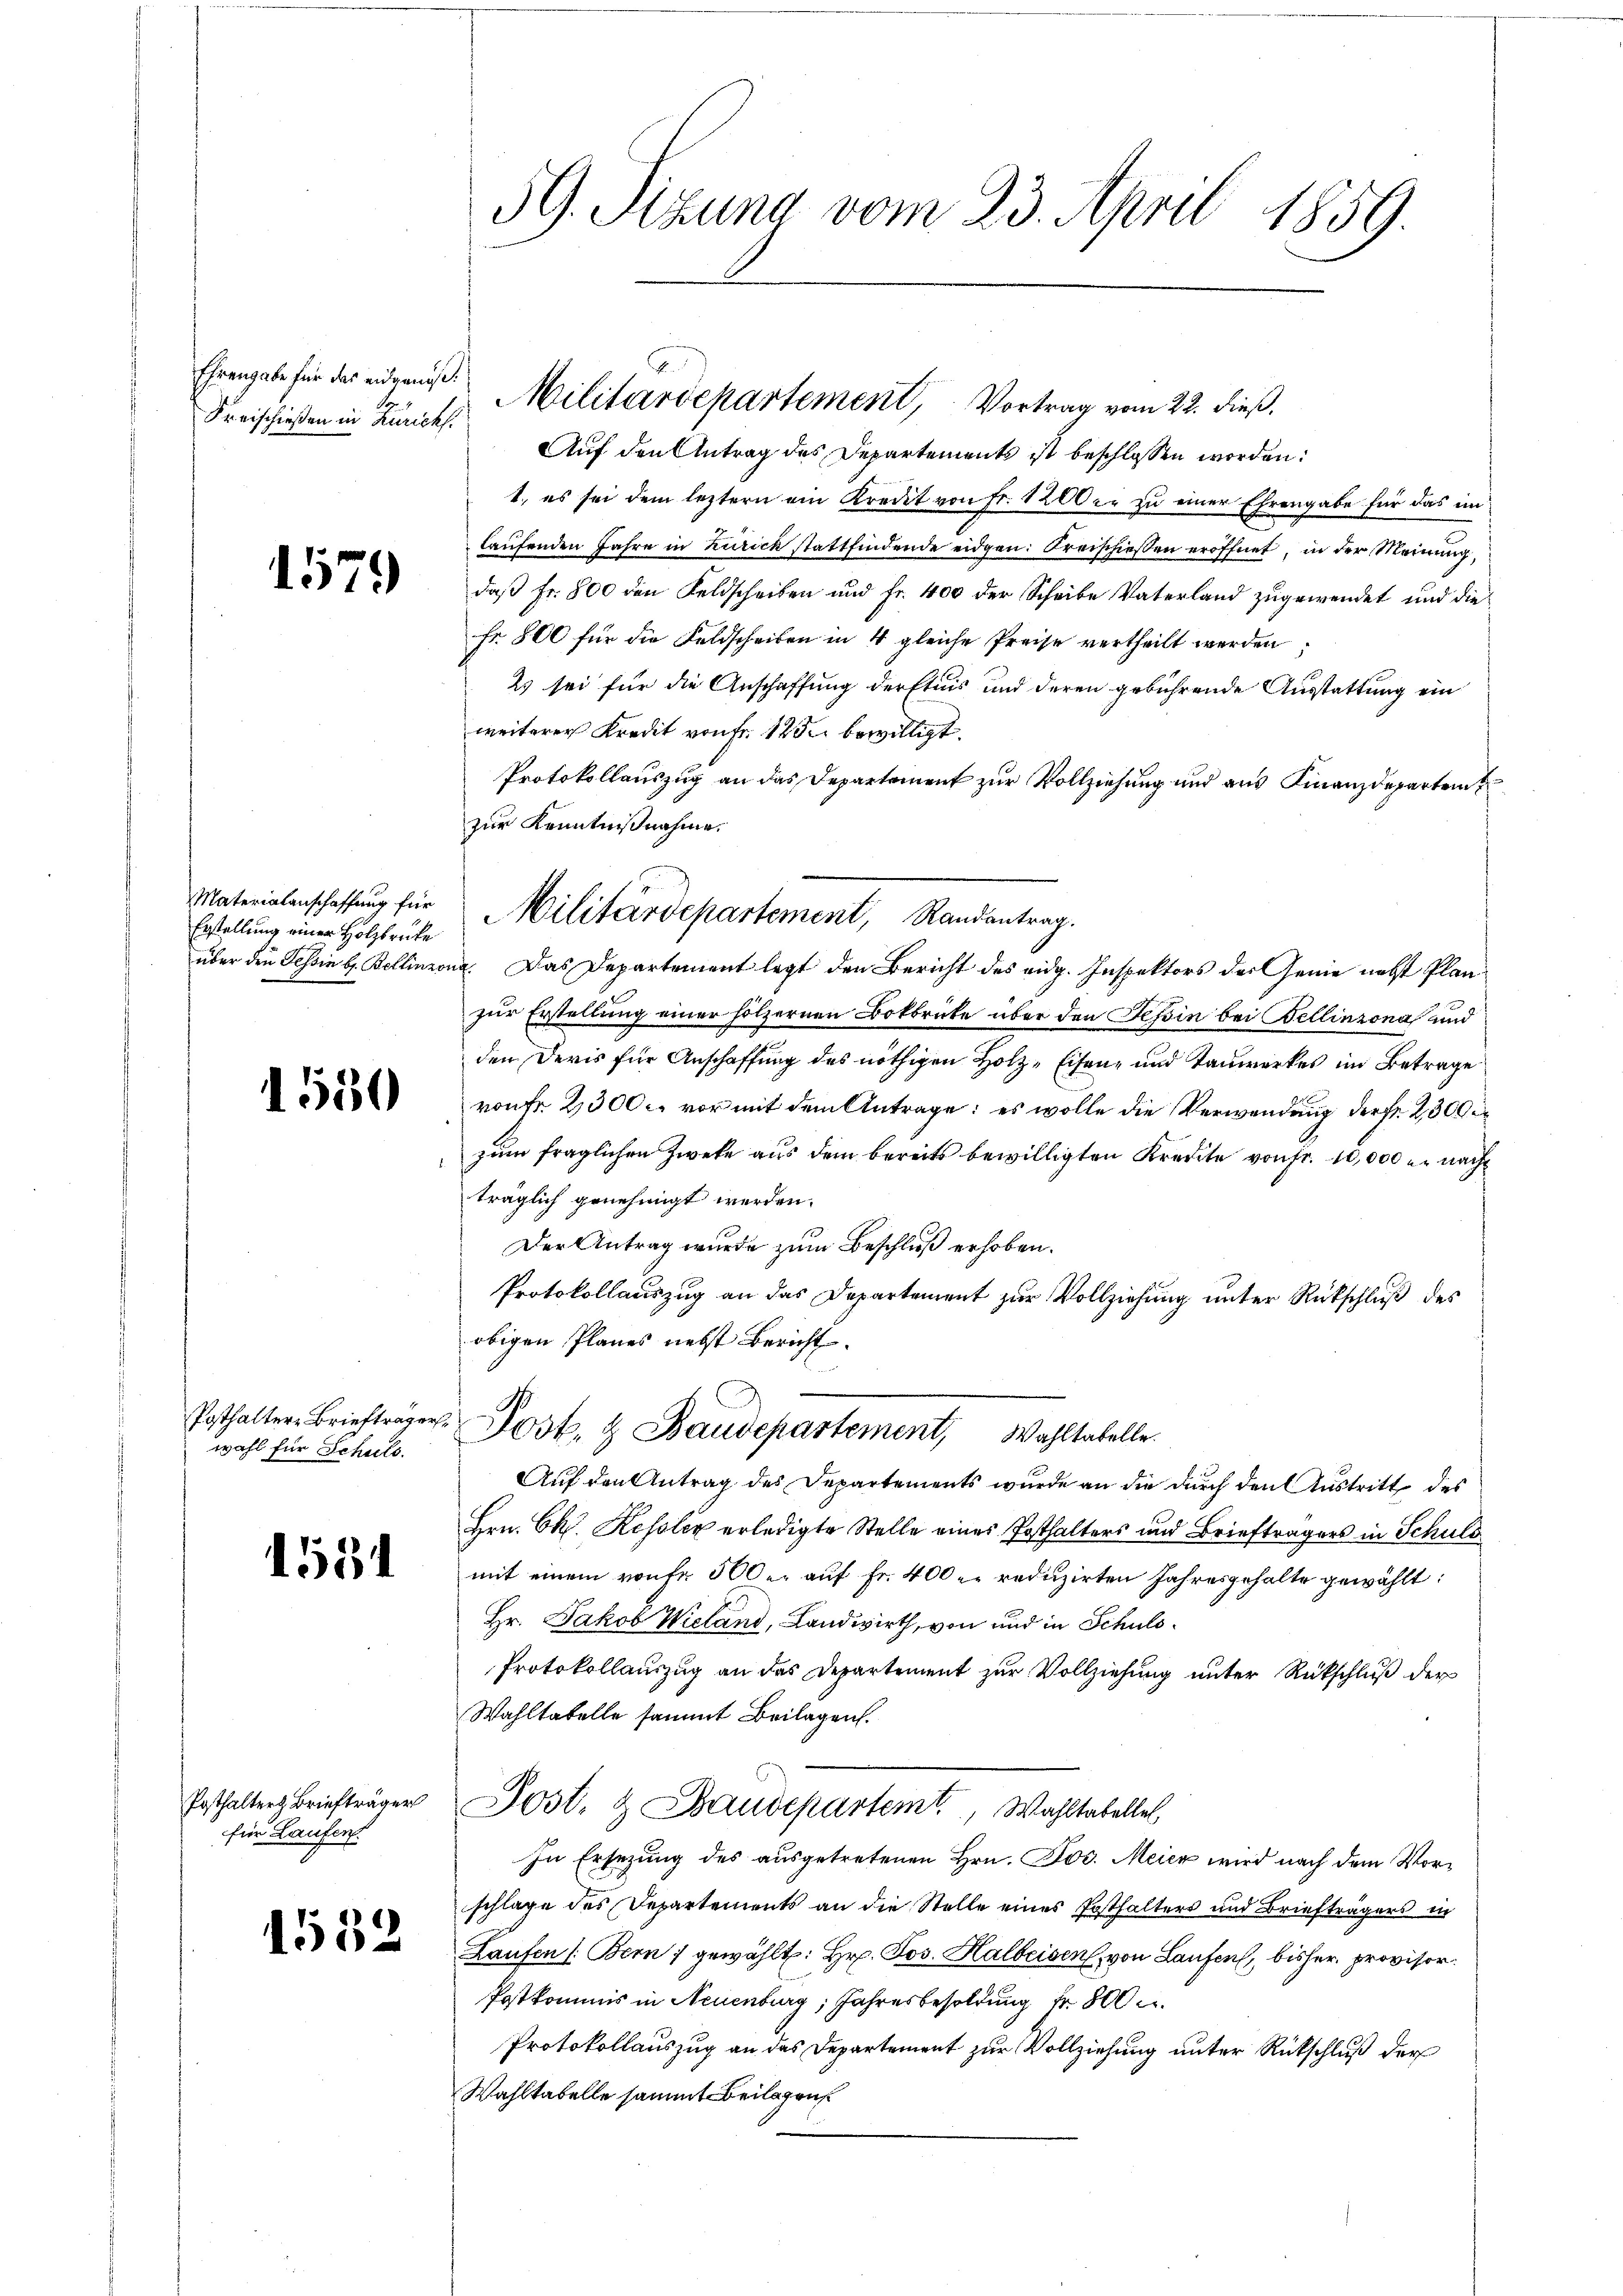
Ehrengabe für das eidgenös
Kreischießen in Zürich.

1579

Materialanschaffung für
Erstellung einer Holzbrüke
über den Tessin b. Bellinzo

1550

Posthaltere Briefträger
wahl für Schuls.

1531

Posthalter Briefträger
für Laufen.

1552

59. Sizung vom 23. April 1859.

Auf den Antrag des Departements ist beschlossen worden:
1., es sei dem leztern ein Kredit von Fr. 1200 c. zu einer Ehrengabe für das im
laufenden Jahre in Zürich stattfindende eidgen: Kreischießen eröffnet, in der Meinung,
daß Fr. 800 den Feldscheiben und Fr. 400 der Scheibe Vaterland zugewendet und die
Fr. 800 für die Feldscheiben in 4 gleiche Preise vertheilt werden;
23 sei für die Anschaffung derftuis und deren gebührende Ausstattung ein
weiterer Kredit von Fr. 125 bewilligt.
Protokollauszug an das Departement zur Vollziehung und aus Finanzdepartem
zur Kenntnißnahme.
na. Das Departement legt den Bericht des eidg. Inspektors der Genie nebst Planzur Erstellung einer hölzernen Botbrücke über den Tessin bei Bellinzona und
den Devis für Anschaffung des nöthigen Holz-Eisen- und Tauwerkes im Betrage
ront 2300. vor mit dem Antrage: es wolle die Verwendung der Fr. 2300
zum fraglichen Zwete aus dem bereits bewilligten Kredite von Fr. 10,000 er nach
träglich genehmigt werden.
Der Antrag wurde zum Beschluß erhoben.
Protokollauszug an das Departement zur Vollziehung unter Rückschluß des
obigen Planes nebst Bericht.
N
Jost, & Baudepartement, Wahltabelle.
Auf den Antrag des Departements wurde an die durch den Austritt des
Hrn. Ch. Resolen erledigte Stelle eines Posthalters und Briefträgers in Schuld
mit einem raufe 300 u. auf Fr. 400. reduzirten Jahresgehalte gewählt:
Hr. Jakob Wieland, Landwirth, von und in Schuld¬
Protokollauszug an des Departement zur Vollziehung unter Rückschluß der
Wahltatelle sammt Beilagen.
Post- & Baudepartemt, Wahltabellel
In Ersezung des ausgetretenen Hrn. Jos. Meier wird nach dem Vorschlage des Departements an die Stelle eines Posthalters und Briefträgers in
Laufen (Bern gewählt: Hr. Jos. Halbeisen, von Laufen, bisher provisor.
Postkommis in Neuenburg, Jahresbesoldung Fr. 800
Protokollauszug an das Departement zur Vollziehung unter Rückschluß der
Wahltabelle sammt Beilagen

Militärdepartement, Vortrag vom 22. dieß.

Militärdepartement, Randantrag.